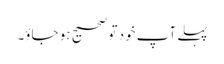
پہلے آپ خود تو صحیح ہو جاؤ۔